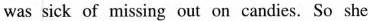
was sick of missing out on candies. So she